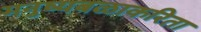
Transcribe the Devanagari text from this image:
मनुष्यबळाकरिता